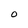
Character: O